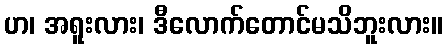
ဟ၊ အရူးလား၊ ဒီလောက်တောင်မသိဘူးလား။